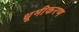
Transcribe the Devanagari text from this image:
धूमीकरण